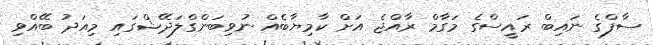
ސާފްގެ ނައިބް ރައީސްގެ މަގާމް ރާއްޖެ އަށް ކާމިޔާބެއް ނުވިބަންގްލަދޭޝްގައި މިއަދު ބޭއްވި